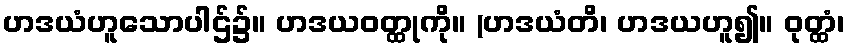
ဟဒယံဟူသောပါဌ်၌။ ဟဒယဝတ္ထုကို။ (ဟဒယံတိ၊ ဟဒယဟူ၍။ ဝုတ္ထံ၊